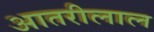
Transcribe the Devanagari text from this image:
आतरीलाल